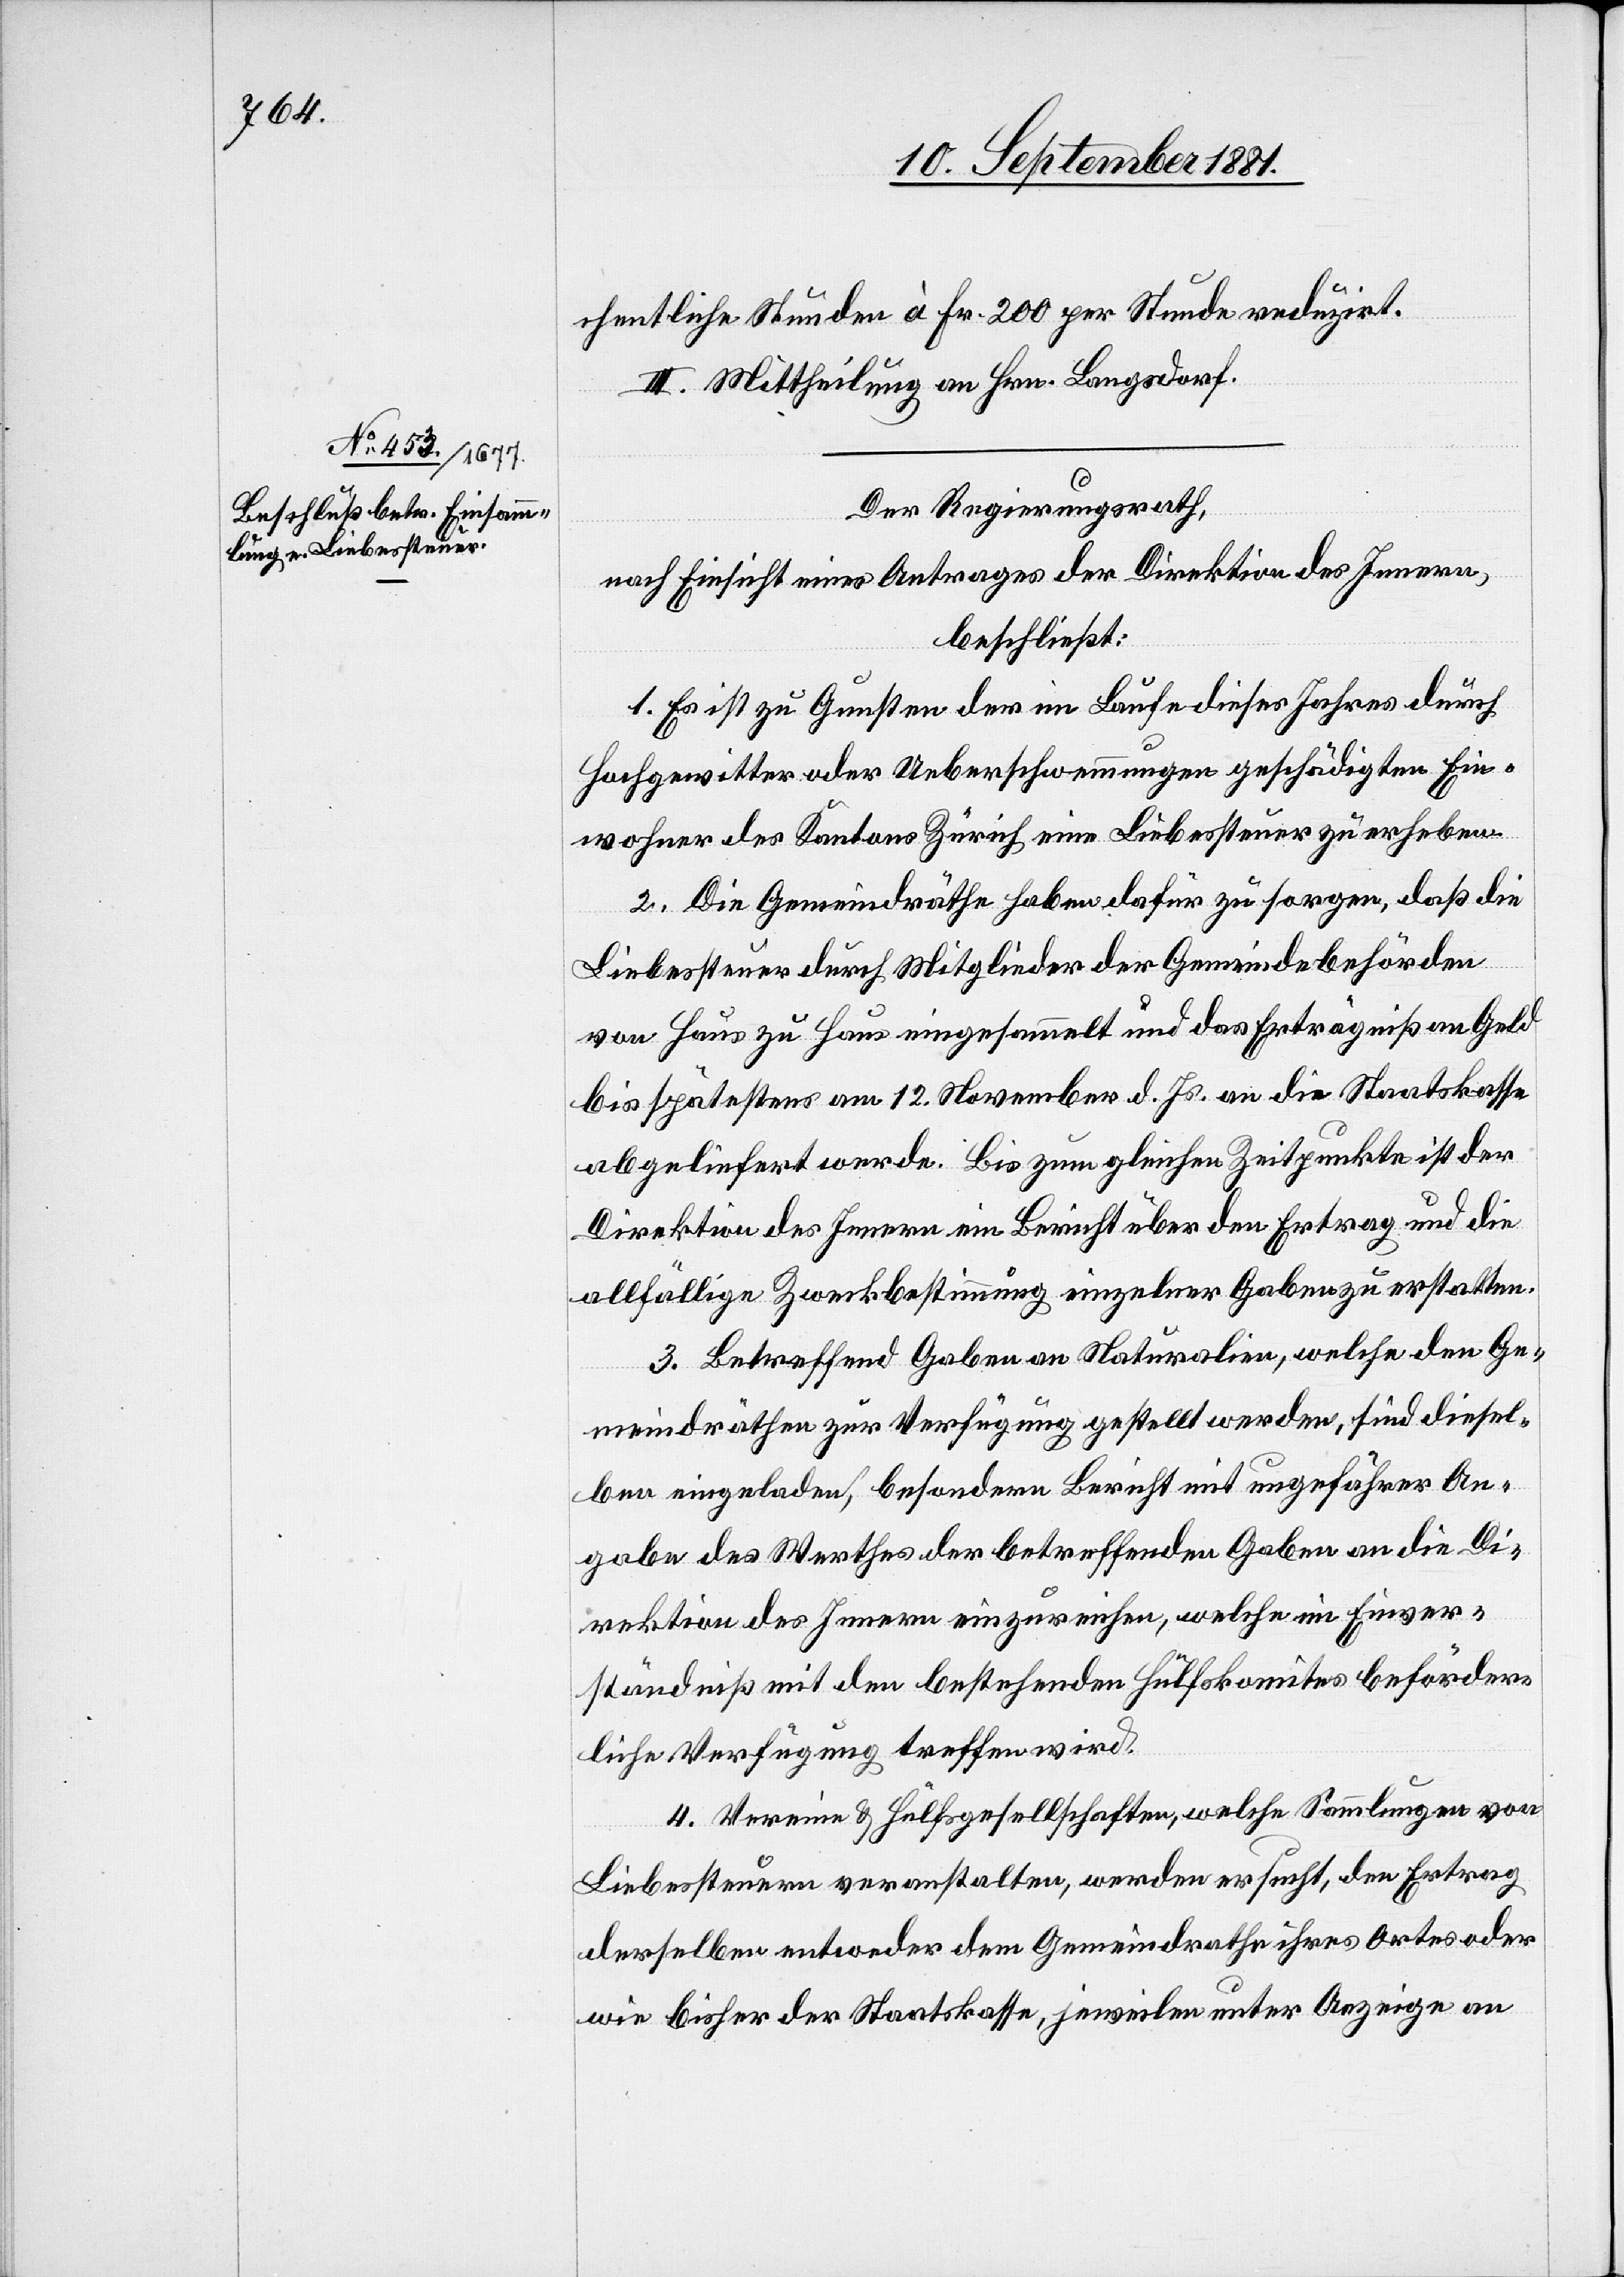
chentliche Stunde à Fr. 200 per Stunde reduzirt.
III. Mittheilung an Hrn. Langsdorf.
Der Regierungsrath,
nach Einsicht eines Antrages der Direktion des Innern,
beschließt:
1. Es ist zu Gunsten der im Laufe dieses Jahres durch
Hochgewitter oder Ueberschwemmungen geschädigten Ein¬
wohner des Kantons Zürich eine Liebessteuer zu erheben.
2. Die Gemeindräthe haben dafür zu sorgen, daß die
Liebessteuer durch Mitglieder der Gemeindebehörden
von Haus zu Haus eingesammelt und das Erträgniß an Geld
bis spätestens am 12. November d. Js. an die Staatskasse
abgeliefert werde. Bis zum gleichen Zeitpunkte ist der
Direktion des Innern ein Bericht über den Ertrag und die
allfällige Zweckbestimmung einzelner Gaben zu erstatten.
3. Betreffend Gaben an Naturalien, welche den Ge¬
meindräthen zur Verfügung gestellt werden, sind diesel¬
ben eingeladen, besondern Bericht mit ungefährer An¬
gabe des Werthes der betreffenden Gaben an die Di¬
rektion des Innern einzureichen, welche im Einver¬
ständniß mit den bestehenden Hülfskomites beförder¬
liche Verfügung treffen wird.
4. Verein & Hülfsgesellschaften, welche Sammlungen von
Liebessteuern veranstalten, werden ersucht, den Ertrag
derselben entweder dem Gemeindrathe ihres Ortes oder
wie bisher der Staatskasse, jeweilen unter Anzeige an